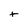
Character: t